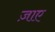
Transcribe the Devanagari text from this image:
ज़ाए